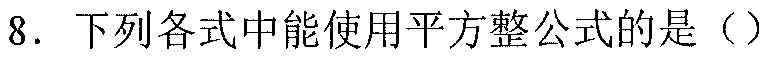
8. 下列各式中能使用平方整公式的是（）